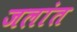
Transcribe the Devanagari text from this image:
जलांत